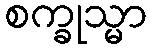
စက္ခုသ္မာ